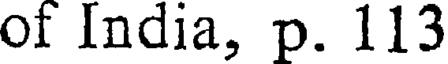
of India, p. 113